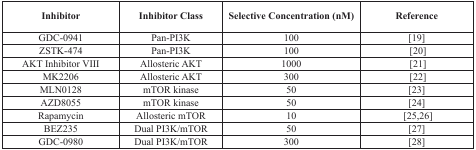
| Inhibitor | Inhibitor Class | Selective Concentration (nM) | Reference |
 | --- | --- | --- | --- |
 | GDC-0941 | Pan-PI3K | 100 | [19] |
 | ZSTK-474 | Pan-PI3K | 100 | [20] |
 | AKT Inhibitor VIII | Allosteric AKT | 1000 | [21] |
 | MK2206 | Allosteric AKT | 300 | [22] |
 | MLN0128 | mTOR kinase | 50 | [23] |
 | AZD8055 | mTOR kinase | 50 | [24] |
 | Rapamycin | Allosteric mTOR | 10 | [25,26] |
 | BEZ235 | Dual PI3K/mTOR | 50 | [27] |
 | GDC-0980 | Dual PI3K/mTOR | 300 | [28] |